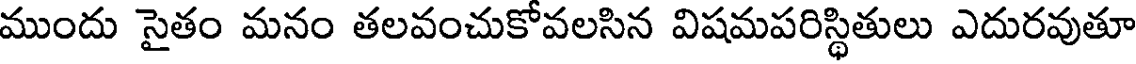
ముందు సైతం మనం తలవంచుకోవలసిన విషమపరిస్థితులు ఎదురవుతూ